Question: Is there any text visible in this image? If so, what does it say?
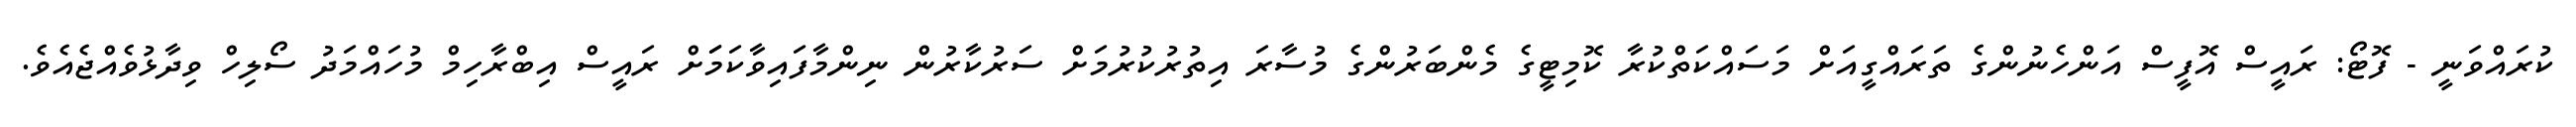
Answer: ކުރައްވަނީ - ފޮޓޯ: ރައީސް އޮފީސް އަންހެނުންގެ ތަރައްގީއަށް މަސައްކަތްކުރާ ކޮމިޓީގެ މެންބަރުންގެ މުސާރަ އިތުރުކުރުމަށް ސަރުކާރުން ނިންމާފައިވާކަމަަށް ރައީސް އިބްރާހިމް މުހައްމަދު ސޯލިހް ވިދާޅުވެއްޖެއެވެ.